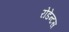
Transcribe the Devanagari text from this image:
रोडेन्टस